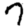
Digit: 7